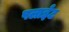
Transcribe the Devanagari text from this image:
पलाईट